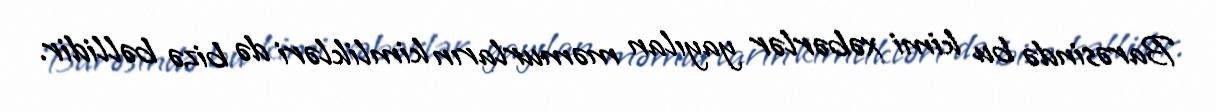
Barəsində bu kimi xəbərlər yayılan məmurların kimlikləri də bizə bəllidir.